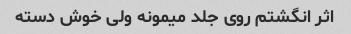
اثر انگشتم روی جلد میمونه ولی خوش دسته